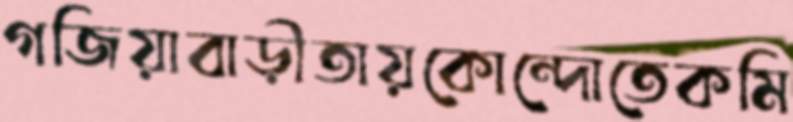
গজিয়াবাড়ীতায়কোন্দোতেকমি